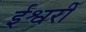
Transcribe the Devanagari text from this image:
ईश्वरीं